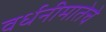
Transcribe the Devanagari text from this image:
वर्धनीमातेचे